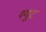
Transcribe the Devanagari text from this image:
श्युट